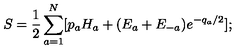
S = { \frac { 1 } { 2 } } \sum _ { a = 1 } ^ { N } [ p _ { a } H _ { a } + ( E _ { a } + E _ { - a } ) { e ^ { - q _ { a } / 2 } } ] ;